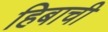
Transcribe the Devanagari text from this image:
हिबाची